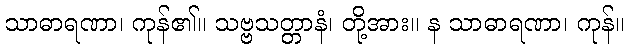
သာဓာရဏာ၊ ကုန်၏။ သဗ္ဗသတ္တာနံ၊ တို့အား။ န သာဓာရဏာ၊ ကုန်။